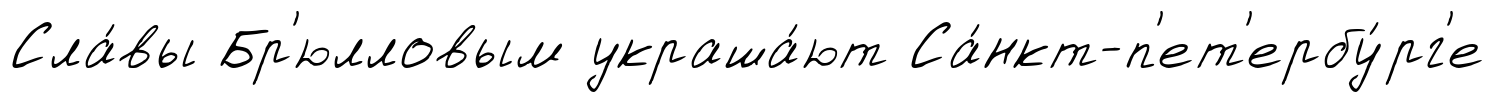
Сла́вы Бр'юлловым украша́ют Са́нкт-п'ет'ербу́рг'е